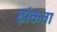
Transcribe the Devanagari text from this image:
ढ़ांकता